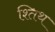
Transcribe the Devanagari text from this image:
श्तिथ